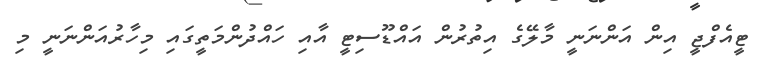
ޓީއެފްޖީ އިން އަންނަނީ މާލޭގެ އިތުރުން އައްޑޫސިޓީ އާއި ހައްދުންމަތީގައި މިހާރުއަންނަނީ މި